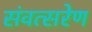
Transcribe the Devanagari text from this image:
संवत्सरेण